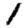
Digit: 1